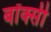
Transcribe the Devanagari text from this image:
बॉक्सी